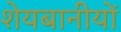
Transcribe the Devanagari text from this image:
शेयबानीयों